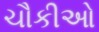
ચૌકીઓ